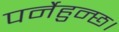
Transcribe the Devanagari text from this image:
पर्नेहुन्छ।